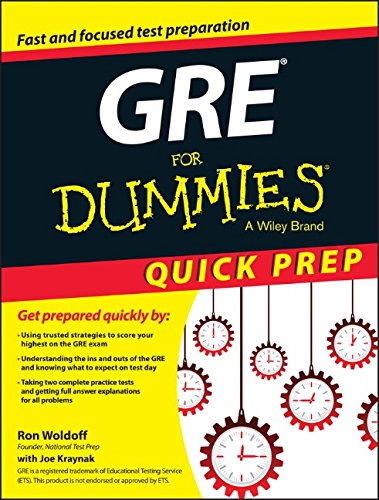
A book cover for GRE For Dummies; Ron Woldoff; Test Preparation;